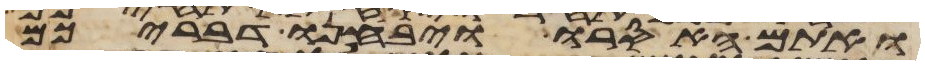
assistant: ואתם האסרו ויבחנו דבריכם